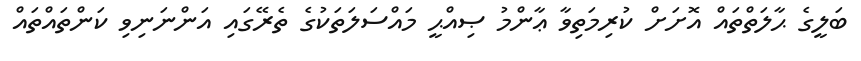
ބަލީގެ ޙާލަތްތައް އޮށަށް ކުރިމަތިވާ ޢާންމު ޞިއްޙީ މައްސަލަތަކުގެ ތެރޭގައި އަންނަނިވި ކަންތައްތައް